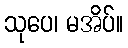
သုပေ၊ မအိပ်။